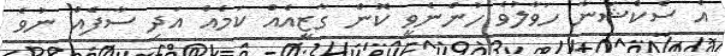
އެ ސެކްޝަނާ ހަވާލުވެ ހުންނެވީ ކޮން ގާޒީއެއް ކަމެއް އަދި ސާފެއް ނުވެ